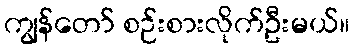
ကျွန်တော် စဉ်းစားလိုက်ဦးမယ်။